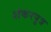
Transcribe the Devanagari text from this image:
शंकरपुत्र